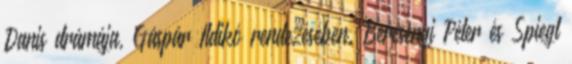
Danis drámája, Gáspár Ildikó rendezésében. Bercsényi Péter és Spiegl